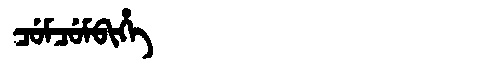
Manchu: ᠴᡠᠮᠴᡠᠮᠪᡳᡥᡝ
Romanization: CUMCUMBIHE